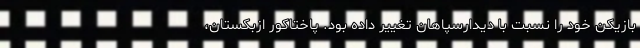
بازیکن خود را نسبت با دیدارسپاهان تغییر داده بود. پاختاکور ازبکستان،